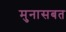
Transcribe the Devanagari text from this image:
मुनासबत